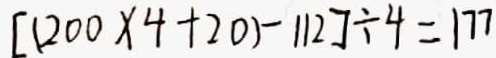
[ ( 2 0 0 \times 4 + 2 0 ) - 1 1 2 ] \div 4 = 1 7 7